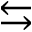
\leftrightarrows